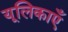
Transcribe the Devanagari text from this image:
यूलिकाएँ